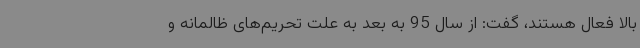
بالا فعال هستند، گفت: از سال 95 به بعد به علت تحریم‌های ظالمانه و